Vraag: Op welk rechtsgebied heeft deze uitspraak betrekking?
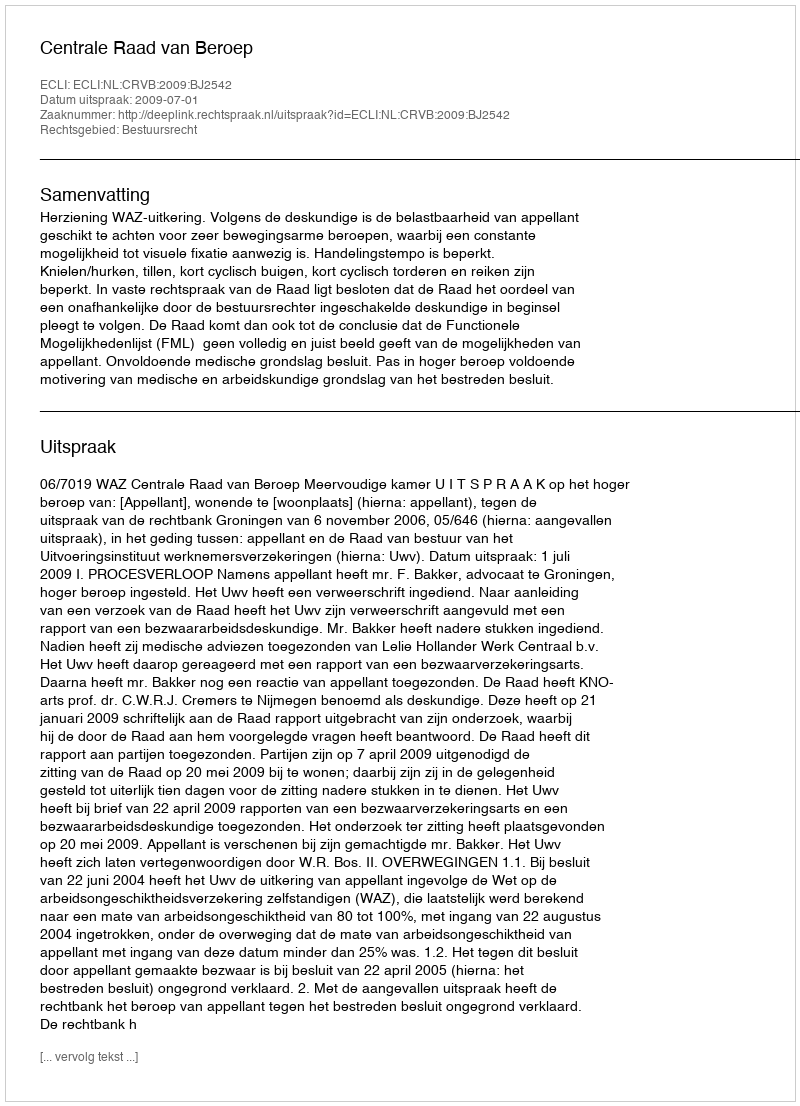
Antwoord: Bestuursrecht